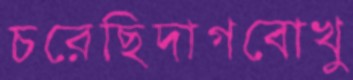
চরেছিদাগবোখু